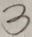
3